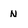
Character: N